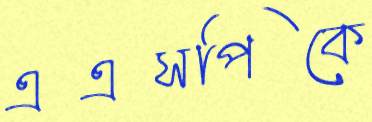
এএসপিকে